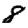
Digit: 8